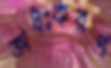
অধঃকরণ